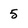
Character: 5